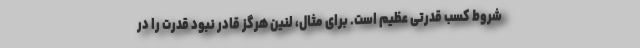
شروط کسب قدرتی عظیم است. برای مثال، لنین هرگز قادر نبود قدرت را در